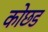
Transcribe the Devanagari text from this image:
कोछड